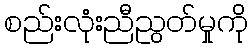
စည်းလုံးညီညွတ်မှုကို